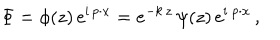
\Phi = \phi ( z ) \, e ^ { \mathrm { i } \, p \cdot x } = e ^ { - k \, z } \, \psi ( z ) \, e ^ { \mathrm { i } \ p \cdot x } \, ,